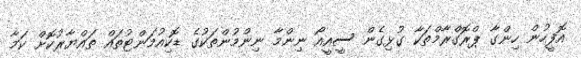
އޮފީހުން ހިންގާ ޕްރޮގްރާމްތަކާ ގުޅިގެން ސީއީއޯ ނިންމާ ނިންމުންތަކުގެ ޑޮކިއުމަންޓުތައް ތައްޔާރުކޮށް ކަމާ